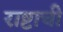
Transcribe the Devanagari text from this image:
राष्टाची